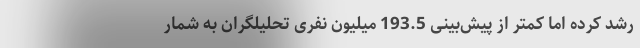
رشد کرده اما کمتر از پیش‌بینی 193.5 میلیون نفری تحلیلگران به شمار